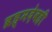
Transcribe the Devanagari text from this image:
ब्रह्मदेवही